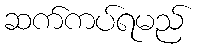
ဆက်ကပ်ရမည်